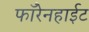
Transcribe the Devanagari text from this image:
फॉरेनहाईट